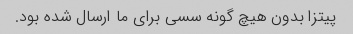
پیتزا بدون هیچ گونه سسی برای ما ارسال شده بود.